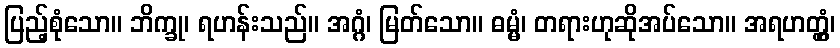
ပြည့်စုံသော။ ဘိက္ခု၊ ရဟန်းသည်။ အဂ္ဂံ၊ မြတ်သော။ ဓမ္မံ၊ တရားဟုဆိုအပ်သော။ အရဟတ္တွံ၊